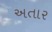
અતાર